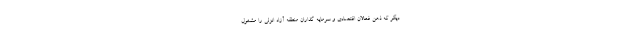
دیگر که ذهن فعالان اقتصادی و سرمایه گذاران منطقه آزاد انزلی را مشغول